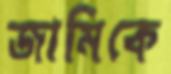
জামিকে